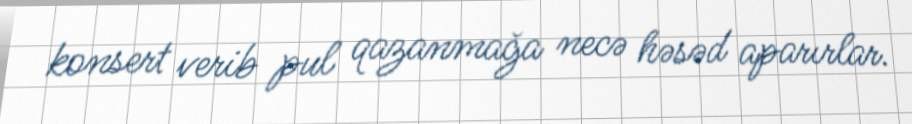
konsert verib pul qazanmağa necə həsəd aparırlar.